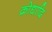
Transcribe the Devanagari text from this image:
क्रोधादि